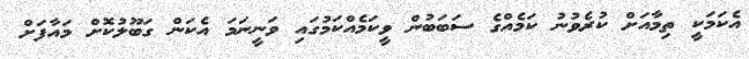
އެކަމަކީ ތިމާއަށް ކުރެވުނު ކަމެއްގެ ސަބަބުން ވީކަމެއްކަމުގައި ވަނީނަމަ އެކަން ގަބޫލުކޮށް މައާފަށް